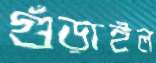
গুঁড়াইল